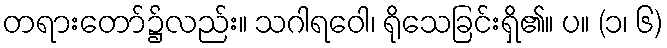
တရားတော်၌လည်း။ သဂါရဝေါ၊ ရိုသေခြင်းရှိ၏။ ပ။ (၁၊ ၆)